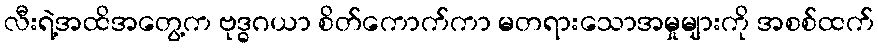
လီးရဲ့အထိအတွေ့က ဗုဒ္ဓဂယာ စိတ်ကောက်ကာ မတရားသောအမှုများကို အစစ်ထက်